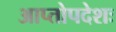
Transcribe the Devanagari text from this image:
आप्तोपदेशः